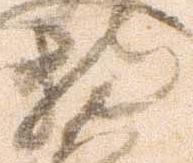
持